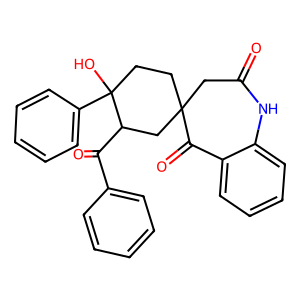
SMILES: O=C1CC2(CCC(O)(c3ccccc3)C(C(=O)c3ccccc3)C2)C(=O)c2ccccc2N1
Inhibits HIV replication: No